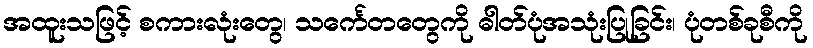
အထူးသဖြင့် စကားလုံးတွေ၊ သင်္ကေတတွေကို ဓါတ်ပုံအသုံးပြုခြင်း၊ ပုံတစ်ခုစီကို